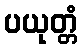
ပယုတ္တံ